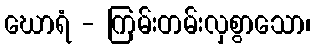
ဃောရံ - ကြမ်းတမ်းလှစွာသော၊